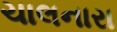
ચાલનારા